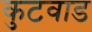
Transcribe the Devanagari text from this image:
कुटवाड